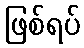
ဖြစ်ရပ်